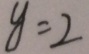
y = 2